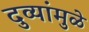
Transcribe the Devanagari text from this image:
दुव्यांमुळे